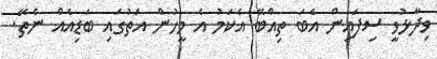
ވިދާޅުވީ ސިފައިން އެބަ ތިއްބޭ އެކަމު އެ މީހުން އަތުގައި ބަޑިއެއް ނެތޭ.